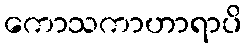
ကောသကာဟာရာပိ